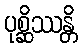
ပုစ္ဆိဿန္တိ